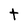
Character: t